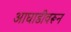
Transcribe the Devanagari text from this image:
आघाडीवरून